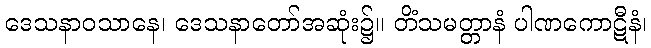
ဒေသနာဝသာနေ၊ ဒေသနာတော်အဆုံး၌။ တိံသမတ္တာနံ ပါဏကောဋီနံ၊